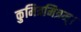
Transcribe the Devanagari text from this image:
कुमित्रमित्रम्।